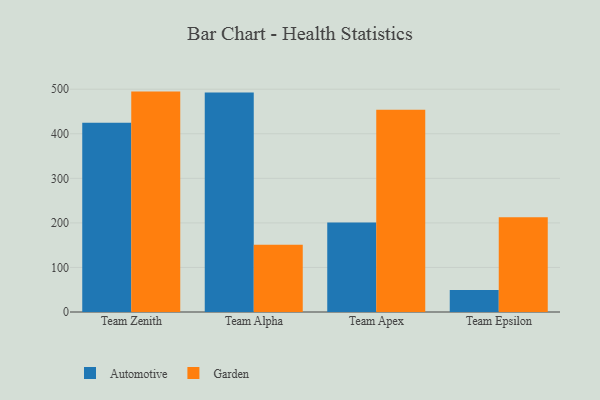
{"axis": {"x": "Team", "y": "Churn Rate (%)"}, "legend": ["Automotive", "Garden"], "data": [{"x": "Team Zenith", "y": 424.5, "type": "Automotive"}, {"x": "Team Zenith", "y": 494.6, "type": "Garden"}, {"x": "Team Alpha", "y": 492.8, "type": "Automotive"}, {"x": "Team Alpha", "y": 150.8, "type": "Garden"}, {"x": "Team Apex", "y": 201.1, "type": "Automotive"}, {"x": "Team Apex", "y": 453.7, "type": "Garden"}, {"x": "Team Epsilon", "y": 49.6, "type": "Automotive"}, {"x": "Team Epsilon", "y": 212.4, "type": "Garden"}]}